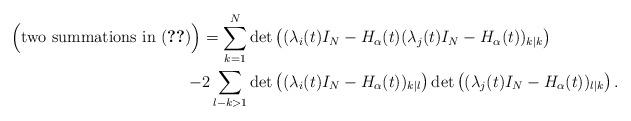
LaTeX: \begin{align*}\Bigl({\rm two\ summations\ in\ \eqref{b1}}\Bigr)=\sum_{k=1}^N&\det\left((\lambda_i(t) I_N-H_{\alpha}(t)(\lambda_j(t) I_N-H_{\alpha}(t))_{k|k}\right)\\-2\sum_{\l-k>1}&\det\left((\lambda_i(t) I_N-H_{\alpha}(t))_{k|\l}\right)\det\left((\lambda_j(t) I_N-H_{\alpha}(t))_{\l|k}\right).\end{align*}